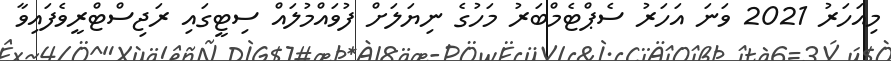
މިއަހަރު 2021 ވަނަ އަހަރު ސެޕްޓެމްބަރު މަހުގެ ނިޔަލަށް ފުވައްމުލައް ސިޓީގައި ރަޖިސްޓްރީވެފައިވާ